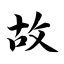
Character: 故